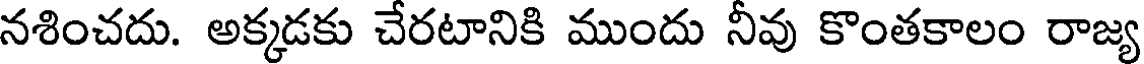
నశించదు. అక్కడకు చేరటానికి ముందు నీవు కొంతకాలం రాజ్య